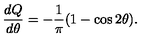
\frac { d Q } { d \theta } = - \frac { 1 } { \pi } ( 1 - \cos 2 \theta ) .